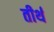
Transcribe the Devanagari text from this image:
तीर्थ